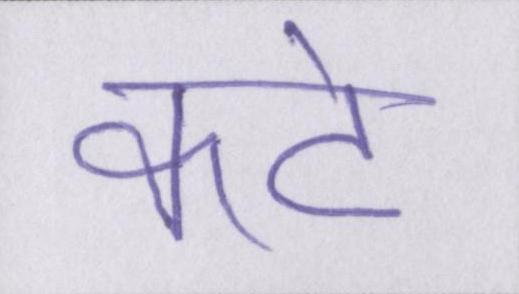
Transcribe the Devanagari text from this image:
कटे